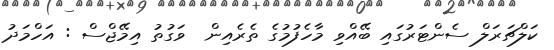
ކަލްޗަރަލް ސެންޓަރުގައި ބޭއްވި މާހެފުމުގެ ތެރެއިން  ވަގުތު އިމޭޖްސް : އަހްމަދު